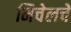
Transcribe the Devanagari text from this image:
मिचेलचे